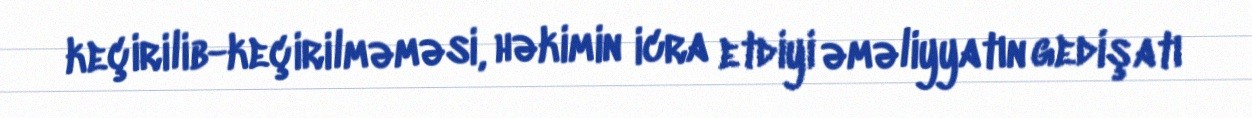
keçirilib-keçirilməməsi, həkimin icra etdiyi əməliyyatın gedişatı